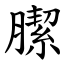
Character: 䐼